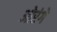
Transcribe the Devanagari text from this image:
ओरंगे